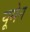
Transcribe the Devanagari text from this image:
यूमेन